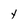
Character: Y